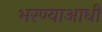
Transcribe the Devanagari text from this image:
भरण्याआधी